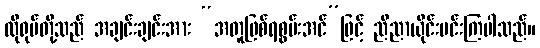
ထိုရုပ်တို့သည် အချင်းချင်းအား “အတူဖြစ်ရစွမ်းအင်”ဖြင့် ညီညာယိုင်းပင်းကြပါသည်။